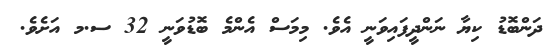
ދަންބޮޑު ކިޔާ ނަންދީފައިވަނީ އެވެ. މިމަސް އެންމެ ބޮޑުވަނީ 32 ސ.މ އަށެވެ.